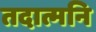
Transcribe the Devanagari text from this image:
तदात्मनि